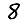
Digit: 8